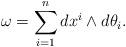
LaTeX: \begin{align*}\omega=\sum_{i=1}^n dx^i\wedge d\theta_i.\end{align*}